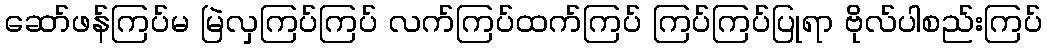
ဆော်ဖန်ကြပ်မ မြဲလှကြပ်ကြပ် လက်ကြပ်ထက်ကြပ် ကြပ်ကြပ်ပြုရာ ဗိုလ်ပါစည်းကြပ်